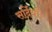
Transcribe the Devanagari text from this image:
सर्दियाँ।